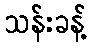
သန်းခန့်